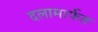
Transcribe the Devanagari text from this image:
दलामार्फत